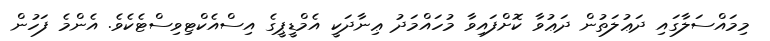
މިމައްސަލާގައި ދަޢުލަތުން ދަޢުވާ ކޮށްފައިވާ މުހައްމަދު ޢިނާދަކީ އެމްޑީޕީގެ އިސްއެކްޓިވިސްޓެކެވެ. އެންމެ ފަހުން